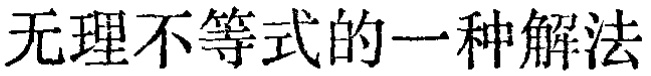
无理不等式的一种解法